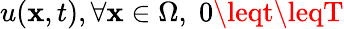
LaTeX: u(\mathbf{x},t),\forall\mathbf{x}\in\Omega,\; 0\leqt\leqT